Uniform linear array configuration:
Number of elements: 12
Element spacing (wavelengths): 0.75
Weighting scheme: kaiser
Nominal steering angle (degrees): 45
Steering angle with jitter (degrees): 45.597
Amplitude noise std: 0.05
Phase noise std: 0.05

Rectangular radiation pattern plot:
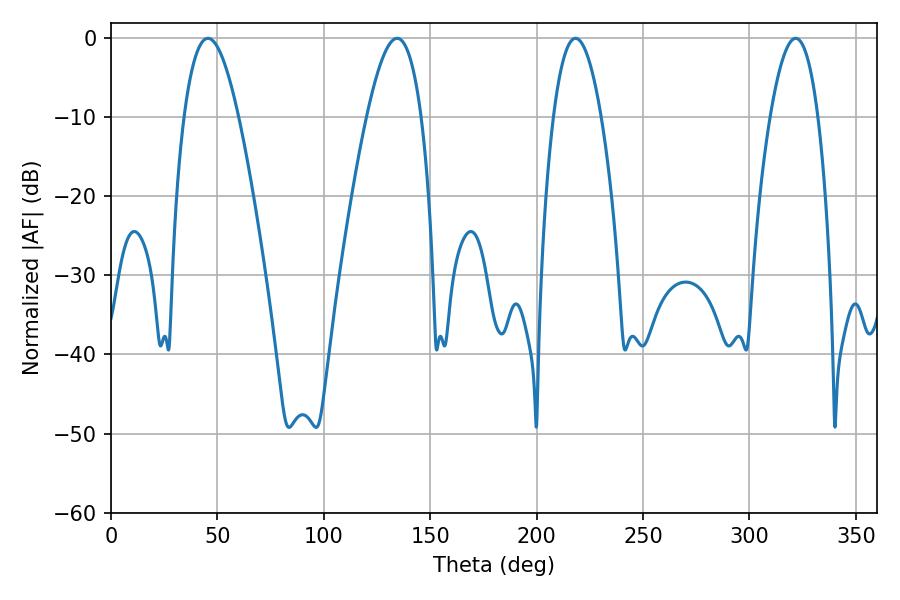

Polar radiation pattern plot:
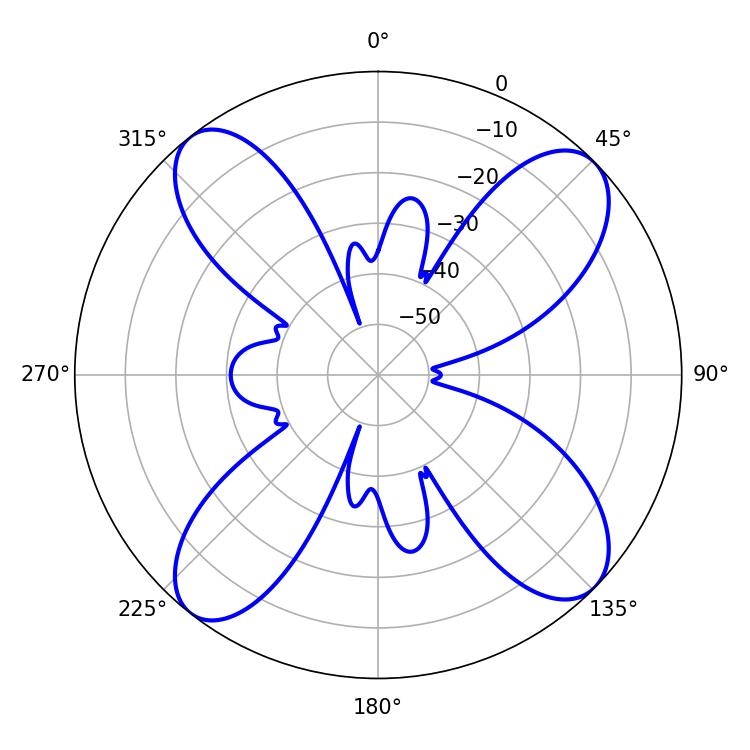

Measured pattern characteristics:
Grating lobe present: TRUE
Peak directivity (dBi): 13.428
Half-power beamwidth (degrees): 13.86
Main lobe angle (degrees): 45.54